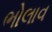
ભોલાવ